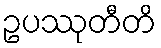
ဥပဿုတီတိ